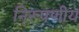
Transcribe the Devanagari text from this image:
निरूपणीय